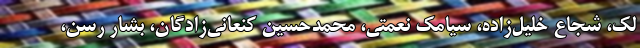
لک، شجاع خلیل‌زاده، سیامک نعمتی، محمدحسین کنعانی‌زادگان، بشار رسن،